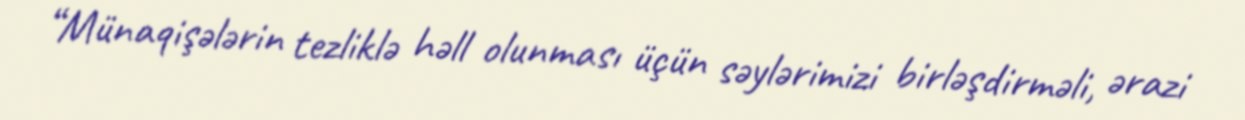
“Münaqişələrin tezliklə həll olunması üçün səylərimizi birləşdirməli, ərazi